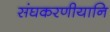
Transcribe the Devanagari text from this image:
संघकरणीयानि